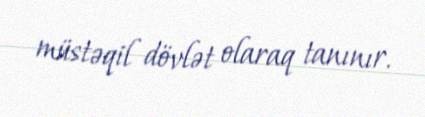
müstəqil dövlət olaraq tanınır.